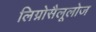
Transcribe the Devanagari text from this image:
लिग्नोसैलूलोज